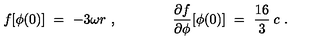
f [ \phi ( 0 ) ] \ = \ - 3 \omega r \ , \qquad \qquad \frac { \partial f } { \partial \phi } [ \phi ( 0 ) ] \ = \ \frac { 1 6 } { 3 } \: c \ .